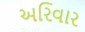
અરિવાર